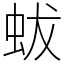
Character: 蛂